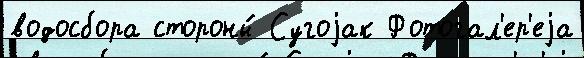
водосбора стороны́ Сугоjак Фотогал'ер'еjа